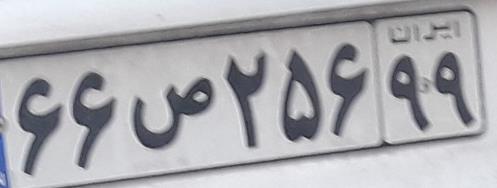
۶۶ص۲۵۶۹۹